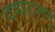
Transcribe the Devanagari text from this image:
दयारामनुं